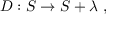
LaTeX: D : S \rightarrow S + \lambda \ ,